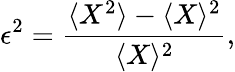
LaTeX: \epsilon^{2}=\frac{\langle X^{2}\rangle-\langle X\rangle^{2}}{\langle X\rangle^{2}},